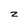
Character: z